Papers set at the Examination for Leaving Certificates, 1891
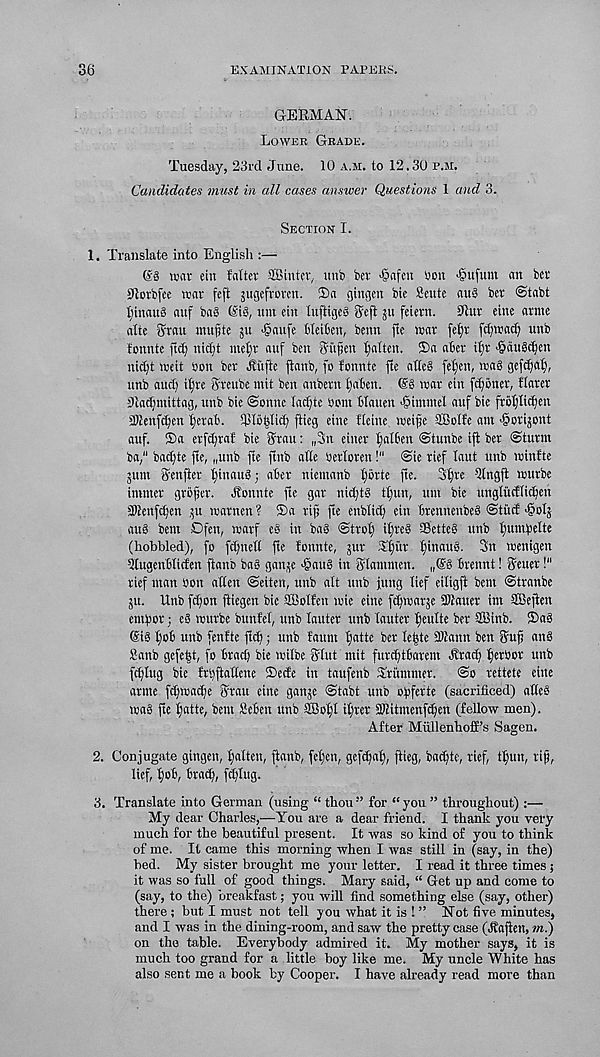
36
EXAMINATION PAPERS.
GERMAN.
Lower Grade.
Tuesday, 23rd June. 10 a.m. to 12.30 p.m.
Candidates must in all cases answer Questions 1 and 3.
Section I.
1. Translate into English :—
(£3 war ein falter SBinter, unb ber -§afeu bon •@ufum an bcr
Sdorbfce war feft jugeftoren. ®a gingen bie Sente au§ ber @tabt
liinan§ auf ba§ (rig, unt ein Inftigeg eJeft ju fetern. 0lur eine arme
atte 5rau mnjjte jn >§aufe bleiBen, benn fte war feljr fdjwad) unb
fonnte ftdj nid)t mel)r auf ben ffvtgen fatten. ®a after i^r ^cingc^en
nidjt weit bon ber Jtiifte jlanb, fo fonnte fte at(e§ fef)en, wa§ gefdjaf),
unb and) ifire Sreube nut ben anbern faften. CS§ war ein f^oner, Rarer
0tad;mittag, unb bic (Sonne Iad;te bom ftlauen >§immel auf bie froljtic^en
iKenfcften fjeraft. iplotjlic^ ffieg eine Heine weijje SBotfc am -gorijont
auf. ®a erfdjraf bie ffrau: „3n einer f;al6en ©tunbe iff ber (Sturm
ba," bad;te fte, Ir unb ftc ftnb alte berloren!" ©ie rief laut unb winfte
jum fyenfter fjtnaug; after niemanb l;6rte fte. 3f;re Qlngfl wurbe
immer grower. Jfonnte fte gar nid;tS tl;un, urn bie unglucffidjen
iDJenfdjen ^u warnen ? ®a rift fte enbiid; ein ftrennenbeg ©titcf •golj
aug bent Dfen, warf eg in bag ©trot; itfreg ®etteg unb ffumipelte
(hobbled), fo fc^neft fte fonnte, jur S^itr f)inattg. 3n wenigett
31ugenftliden ftanb bag ganje 'gang in Slammen. „@g ftrennt! Setter!"
rief man bon alien ©eiten, unb alt unb jung Kef eiligff bent ©tranbe
jit. Unb fdjon ftiegen bie ffiolfen trie eine fc^warje 3)fauer im SBeften
emftor; eg wurbe bunfef, unb lather unb fauter fieulte ber SBinb. ®ag
@ig l;o6 unb fenfte ftd;; unb faum t;atte ber Ie|te 5Kann ben Suf ang
Sanb gefe|t, fo ftrad; bie wilbe Slut mit furdjtftarem Jfrad; f;erbor unb
fd;Iug bic frtjflaKene ®ecfe in taufenb drummer, ©o rettete eitte
arme f^wat^e Sratt etne ganje ©tabt unb oftferte (sacrificed) aKeg
wag fte Ijatte, bent Seften unb SBo^I ifjrer DKitmenfdfen (fellow men).
After Miillenhofi’s Sagen.
2. Conjugate gingen, fatten, ftanb, fel;en, gefc^a^, ftieg, bacffte, rief, tl)un, rip,
Kef, fjoft, ftrad;, fdjlug.
3. Translate into German (using “ thou ” for “ you ” throughout) :—
My dear Charles,—You are a dear friend. I thank you very
much for the beautiful present. It was so kind of you to think
of me. It came this morning when I was still in (say, in the)
bed. My sister brought me your letter. I read it three times ;
it was so full of good things. Mary said, “ Get up and come to
(say, to the) breakfast; you will find something else (say, other)
there ; but I must not tell you what it is ! ” Not five minutes,
and I was in the dining-room, and saw the pretty case (Itaften, m.)
on the table. Everybody admired it. My mother says, it is
much too grand for a little boy like me. My uncle White has
also sent me a book by Cooper. I have already read more than